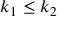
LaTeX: k _ { 1 } \leq k _ { 2 }